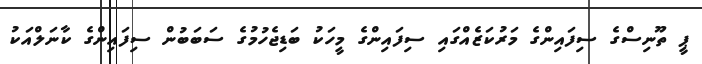
ޕީ ތޫނިސްގެ ސިފައިންގެ މަރުކަޒެއްގައި ސިފައިންގެ މީހަކު ބަޑިޖެހުމުގެ ސަބަބުން ސިފައިންގެ ކާނަލްއަކު